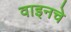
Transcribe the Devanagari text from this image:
वाइनचे